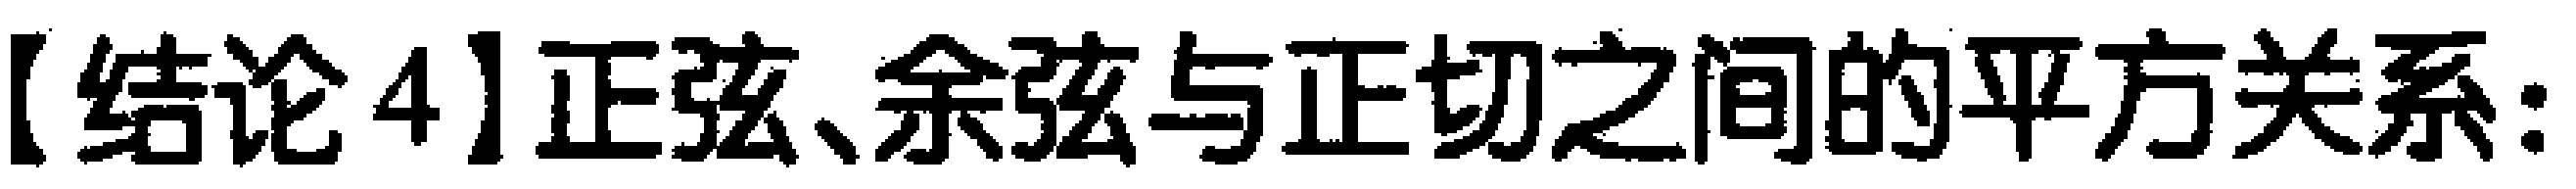
【结论4】正弦、余弦与正切之间的平方关系: